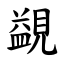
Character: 䚊